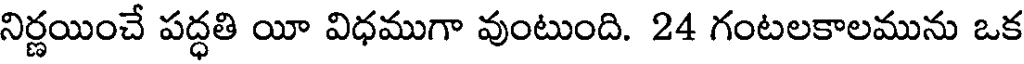
నిర్ణయించే పద్ధతి యీ విధముగా వుంటుంది. 24 గంటలకాలమును ఒక